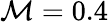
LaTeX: \mathcal{M}=0.4